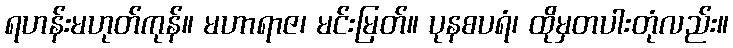
ရဟန်းမဟုတ်ကုန်။ မဟာရာဇ၊ မင်းမြတ်။ ပုနစပရံ၊ ထိုမှတပါးတုံလည်း။